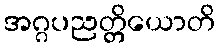
အဂ္ဂပညတ္တိယောတိ